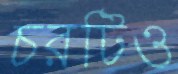
চরটিও